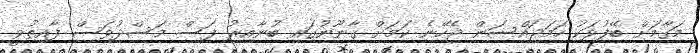
މަގާމަށް ބޭފުޅަކު ހަމަޖައްސަން ޖެހޭނެ ކަމަށް ގާނޫނުގައި ބުނާއިރު ފަސް މަސްދުވަސް ފާއިތުވީ